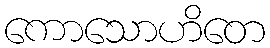
ကောသောဟိတေ